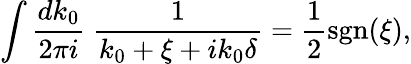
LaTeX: \int\frac{dk_{0}}{2\pi i}\ \frac{1}{k_{0}+\xi+ik_{0}\delta}=\frac{1}{2}\mathrm{sgn}(\xi),